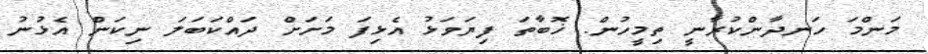
މަންމަ ހަނދާންކުރާނީ ތިމީހުން. ޚޮބާތަ ފިޔަވަޅު އެޅިފަ މަށަށް ދައްކަބަލަ ނިކަން އެޅުނު